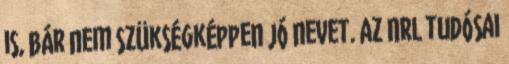
is, bár nem szükségképpen jó nevet. Az NRL tudósai